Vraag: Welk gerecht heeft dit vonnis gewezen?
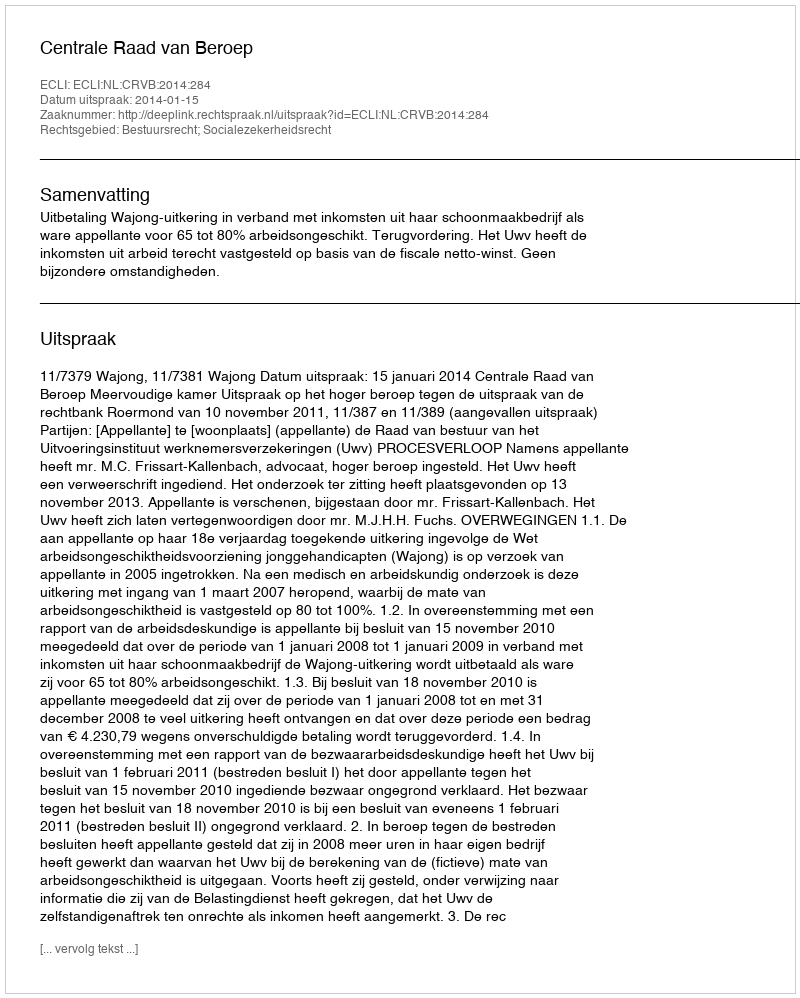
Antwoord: Centrale Raad van Beroep